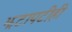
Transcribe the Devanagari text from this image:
झटापटीही